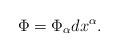
LaTeX: \begin{align*}\Phi=\Phi_\alpha dx^\alpha.\end{align*}